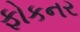
ફોકનર